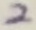
Text: 2